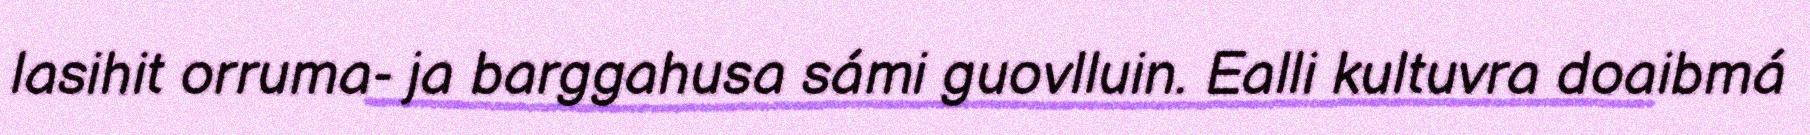
lasihit orruma- ja barggahusa sámi guovlluin. Ealli kultuvra doaibmá